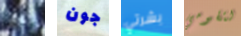
للغة جون بشرتي لتقومي